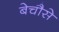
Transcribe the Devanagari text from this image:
बेचौसे